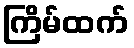
ကြိမ်ထက်